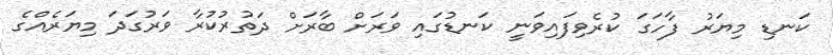
ކަނޑި މިޔަރު ފާހަގަ ކުރެވިފައިވަނީ ކަނޑުގައި ވަރަށް ބާރަށް ދަތުރުކުރާ ވަރުގަދަ މިޔަރެއްގެ